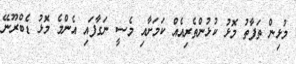
މުޅިން ތަފާތު މޮޅު ކުޅުންތެރިއެއް ކަމަށާއި މެސީ ނަގާފައި އެންމެ މޮޅު ޑެބްރޫނޭ